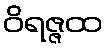
ဝိရဇ္ဇထ